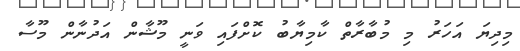
މިދިޔަ އަހަރު މި މުބާރާތް ކާމިޔާބު ކޮށްފައި ވަނީ މޫޝާން އަދުނާން މޫސާ